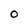
Character: 0